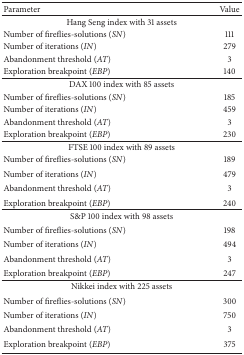
<table><thead><tr><td><b>Parameter </b></td><td><b> Value </b></td></tr></thead><tbody><tr><td colspan="2">Hang Seng index with 31 assets </td></tr><tr><td>Number of fireflies-solutions (<i>SN</i>) </td><td> 111</td></tr><tr><td>Number of iterations (<i>IN</i>) </td><td> 279 </td></tr><tr><td>Abandonment threshold (<i>AT</i>)</td><td> 3 </td></tr><tr><td>Exploration breakpoint (<i>EBP</i>) </td><td> 140 </td></tr><tr><td colspan="2">DAX 100 index with 85 assets </td></tr><tr><td>Number of fireflies-solutions (<i>SN</i>) </td><td> 185 </td></tr><tr><td>Number of iterations (<i>IN</i>) </td><td> 459 </td></tr><tr><td>Abandonment threshold (<i>AT</i>)</td><td> 3 </td></tr><tr><td>Exploration breakpoint (<i>EBP</i>) </td><td> 230 </td></tr><tr><td colspan="2">FTSE 100 index with 89 assets </td></tr><tr><td>Number of fireflies-solutions (<i>SN</i>) </td><td> 189 </td></tr><tr><td>Number of iterations (<i>IN</i>) </td><td> 479 </td></tr><tr><td>Abandonment threshold (<i>AT</i>)</td><td> 3 </td></tr><tr><td>Exploration breakpoint (<i>EBP</i>) </td><td> 240 </td></tr><tr><td colspan="2">S&amp;P 100 index with 98 assets </td></tr><tr><td>Number of fireflies-solutions (<i>SN</i>) </td><td> 198 </td></tr><tr><td>Number of iterations (<i>IN</i>) </td><td> 494 </td></tr><tr><td>Abandonment threshold (<i>AT</i>)</td><td> 3 </td></tr><tr><td>Exploration breakpoint (<i>EBP</i>) </td><td> 247 </td></tr><tr><td colspan="2">Nikkei index with 225 assets </td></tr><tr><td>Number of fireflies-solutions (<i>SN</i>) </td><td> 300 </td></tr><tr><td>Number of iterations (<i>IN</i>) </td><td> 750 </td></tr><tr><td>Abandonment threshold (<i>AT</i>)</td><td> 3 </td></tr><tr><td>Exploration breakpoint (<i>EBP</i>) </td><td> 375 </td></tr></tbody></table>